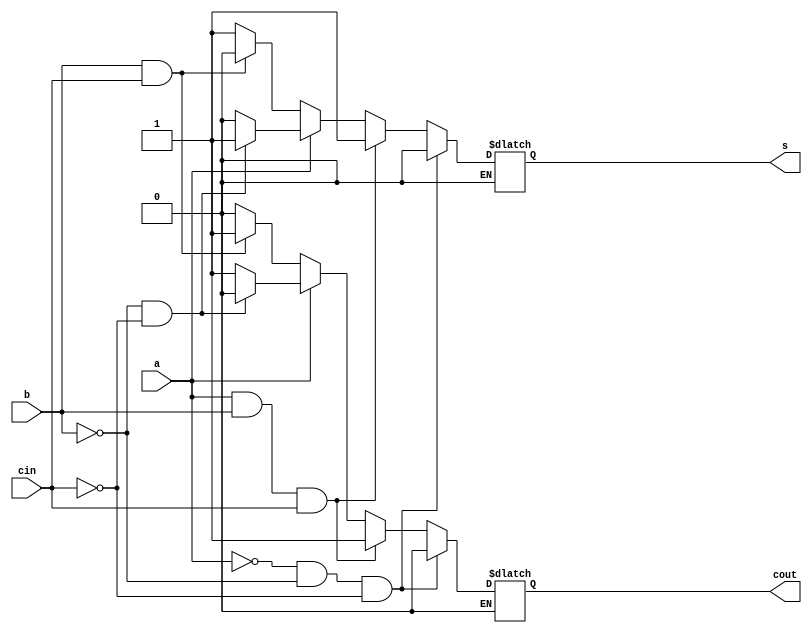
`timescale 1ns / 1ps
//////////////////////////////////////////////////////////////////////////////////
// Company: 
// Engineer: 
// 
// Design Name: 
// Module Name:    bfulladd 
// Project Name: 
// Target Devices: 
// Tool versions: 
// Description: 
//
// Dependencies: 
//
// Revision: 
// Revision 0.01 - File Created
// Additional Comments: 
//
//////////////////////////////////////////////////////////////////////////////////
module bfulladd(
    input a,
    input b,
    input cin,
    output reg s,
    output reg cout
    );
	 always @ (a or b or cin) begin
	      if (a==1'b0 && b==1'b0 && cin==1'b0) begin
			     s=1'b0;
				  cout=1'b0;
			end
		   else if (a==1'b1 && b==1'b1 && cin==1'b1) begin
			     s=1'b1;
				  cout=1'b1;
			end
			else if (a==1'b0) begin
			      if (b==1'b1 && cin==1'b1) begin
					    s=1'b0;
						 cout=1'b1;
					end 
					else begin 
					    s=1'b1;
						 cout=1'b0;
					end
			end
			else if (a==1'b1) begin
			      if (b==1'b0 && cin==1'b0) begin
					    s=1'b1;
						 cout=1'b0;
					end 
					else begin 
					    s=1'b0;
						 cout=1'b1;
					end
			end
end


			
			
			


endmodule